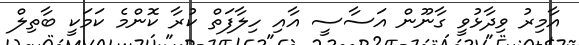
އާމިރު ވިދާޅުވީ ގާނޫން އަސާސީ އާއި ހިލާފަތް ކުރާ ކޮންމެ ކަމަކީ ބާތިލް